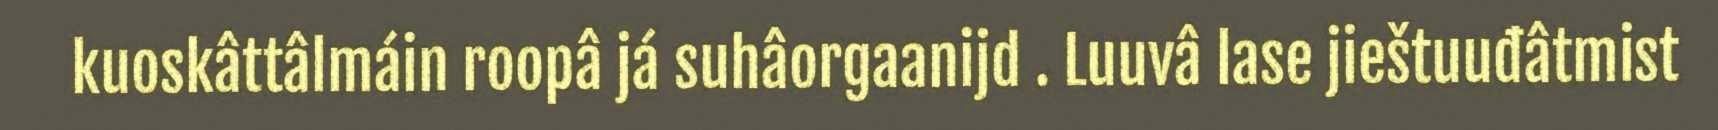
kuoskâttâlmáin roopâ já suhâorgaanijd . Luuvâ lase jieštuuđâtmist